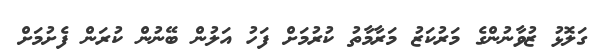
ގަލޮޅު ޒުވާނުންގެ މަރުކަޒު މަރާމާތު ކުރުމަށް ފަހު އަލުން ބޭނުން ކުރަން ފެށުމަށް